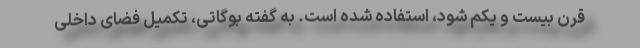
قرن بیست و یکم شود، استفاده شده است. به گفته بوگاتی، تکمیل فضای داخلی